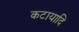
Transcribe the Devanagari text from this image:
कटायादि